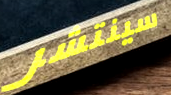
سينتشر